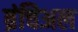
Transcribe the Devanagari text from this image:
ब्रंचिअल